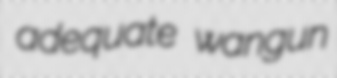
adequate wangun